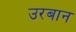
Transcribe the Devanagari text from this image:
उरबान